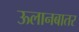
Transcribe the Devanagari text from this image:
ऊलानबातर